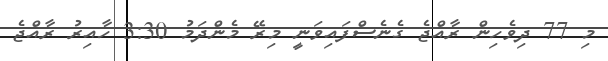
މި 77 ދިވެހިން ރާއްޖެ ގެނެސްފައިވަނީ މިރޭ މެންދަމު 3:30 ހާއިރު ރާއްޖެ